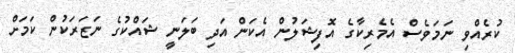
ކުރެއްވި ނަމަވެސް އެމެރިކާގެ އޮފިޝަލުން އެކަން އަދި ބަލަނީ ޝައްކުގެ ނަޒަރަކުން ކަމަށް